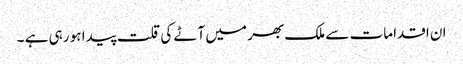
ان اقدامات سے ملک بھر میں آٹے کی قلت پیدا ہو رہی ہے ۔